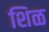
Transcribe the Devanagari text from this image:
शिळ